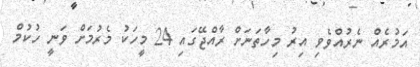
އަމުރެއް ނެރުއްވެވި އިރު މިހާތަނަށް ރާއްޖޭގައި 24 މީހަކު މެރުމަށް ވަނީ ހުކުމް